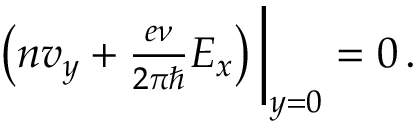
\begin{array} { r } { \left( n v _ { y } + \frac { e \nu } { 2 \pi \hbar } E _ { x } \right) \bigg | _ { y = 0 } = 0 \, . } \end{array}